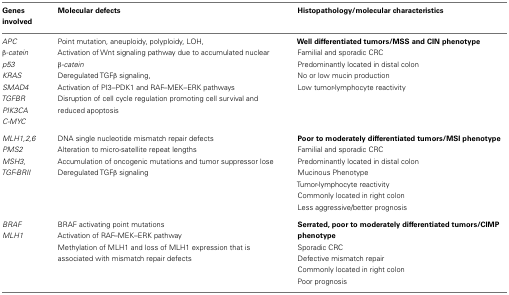
<table><thead><tr><td><b>Genes involved</b></td><td><b>Molecular defects</b></td><td><b>Histopathology/molecular characteristics</b></td></tr></thead><tbody><tr><td><i>APC</i> β<i>-catein p53 KRAS SMAD4 TGFBR PIK3CA C-MYC</i></td><td>Point mutation, aneuploidy, polyploidy, LOH, Activation of Wnt signaling pathway due to accumulated nuclear β<i>-catein</i> Deregulated TGF<i>β</i> signaling, Activation of PI3–PDK1 and RAF–MEK–ERK pathways Disruption of cell cycle regulation promoting cell survival and reduced apoptosis</td><td><b>Well differentiated tumors/MSS and CIN phenotype</b> Familial and sporadic CRC Predominantly located in distal colon No or low mucin production Low tumor-lymphocyte reactivity</td></tr><tr><td><i>MLH1,2,6 PMS2 MSH3, TGF-BRII</i></td><td>DNA single nucleotide mismatch repair defects Alteration to micro-satellite repeat lengths Accumulation of oncogenic mutations and tumor suppressor lose Deregulated TGFβ signaling</td><td><b>Poor to moderately differentiated tumors/MSI phenotype</b> Familial and sporadic CRC Predominantly located in distal colon Mucinous Phenotype Tumor-lymphocyte reactivity Commonly located in right colon Less aggressive/better prognosis</td></tr><tr><td><i>BRAF MLH1</i></td><td>BRAF activating point mutations Activation of RAF–MEK–ERK pathway Methylation of MLH1 and loss of MLH1 expression that is associated with mismatch repair defects</td><td><b>Serrated, poor to moderately differentiated tumors/CIMP phenotype</b> Sporadic CRC Defective mismatch repair Commonly located in right colon Poor prognosis</td></tr></tbody></table>